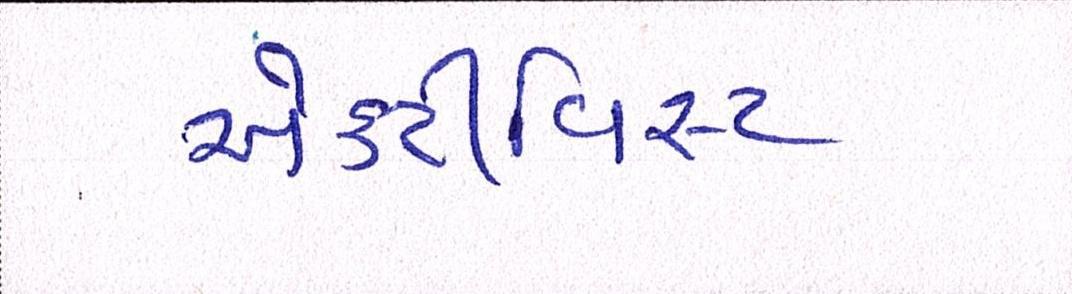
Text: એક્ટીવિસ્ટ